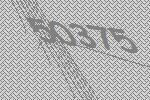
50375